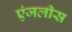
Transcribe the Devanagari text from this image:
एंजलीस